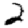
Digit: 2